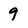
Character: 9